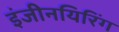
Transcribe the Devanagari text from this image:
इंजीनयिरिंग